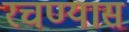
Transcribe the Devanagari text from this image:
रचण्यास